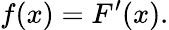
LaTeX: f(x)=F^{\prime}(x).